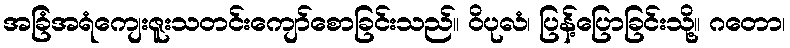
အခြံအရံကျေးဇူးသတင်းကျော်စောခြင်းသည်။ ဝိပုလံ၊ ပြန့်ပြောခြင်းသို့။ ဂတော၊